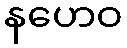
နဟေဝ